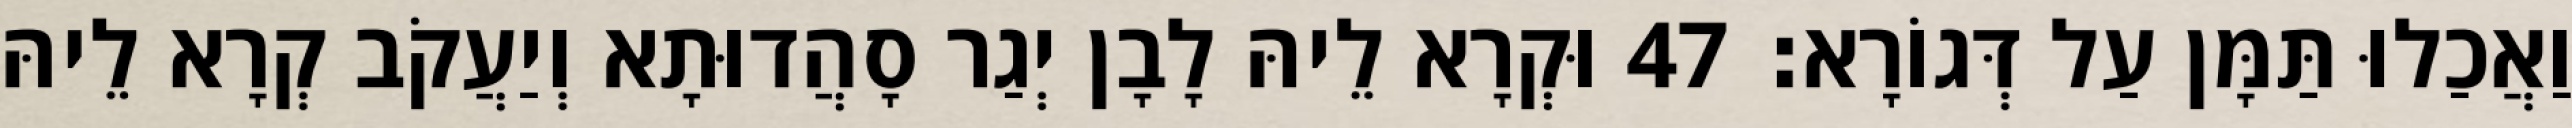
וַאֲכַלוּ תַּמָּן עַל דְּגוֹרָא׃ 47 וּקְרָא לֵיהּ לָבָן יְגַר סָהֲדוּתָא וְיַעֲקֹב קְרָא לֵיהּ